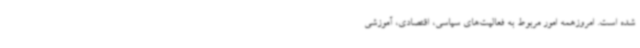
شده است. امروزهمه امور مربوط به فعالیت‌های سیاسی، اقتصادی، آموزشی